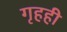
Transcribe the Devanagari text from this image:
गृहही